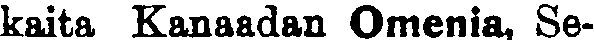
kaita Kanaadan Omenia, Se-